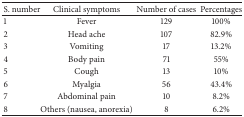
| S. number | Clinical symptoms | Number of cases | Percentages |
 | --- | --- | --- | --- |
 | 1 | Fever | 129 | 100% |
 | 2 | Head ache | 107 | 82.9% |
 | 3 | Vomiting | 17 | 13.2% |
 | 4 | Body pain | 71 | 55% |
 | 5 | Cough | 13 | 10% |
 | 6 | Myalgia | 56 | 43.4% |
 | 7 | Abdominal pain | 10 | 8.2% |
 | 8 | Others (nausea, anorexia) | 8 | 6.2% |